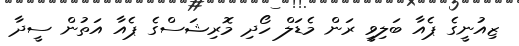
ޒިއުނީގެ ޕެއާ ބަލިވީ ރަން މެޑަލް ހޯދި މޮރިޝަސްގެ ޕެއާ އަތުން ސީދާ